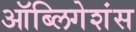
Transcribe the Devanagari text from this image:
ऑब्लिगेशंस